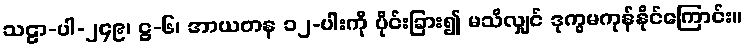
သဠာ-ပါ-၂၄၉၊ ဋ္ဌ-၆၊ အာယတန ၁၂-ပါးကို ပိုင်းခြား၍ မသိလျှင် ဒုက္ခမကုန်နိုင်ကြောင်း။